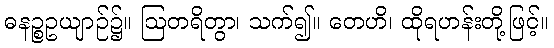
ဓနဉ္စဥယျာဉ်၌။ ဩတရိတွာ၊ သက်၍။ တေဟိ၊ ထိုရဟန်းတို့ဖြင့်။